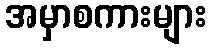
အမှာစကားများ